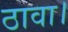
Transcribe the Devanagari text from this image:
ठावा।